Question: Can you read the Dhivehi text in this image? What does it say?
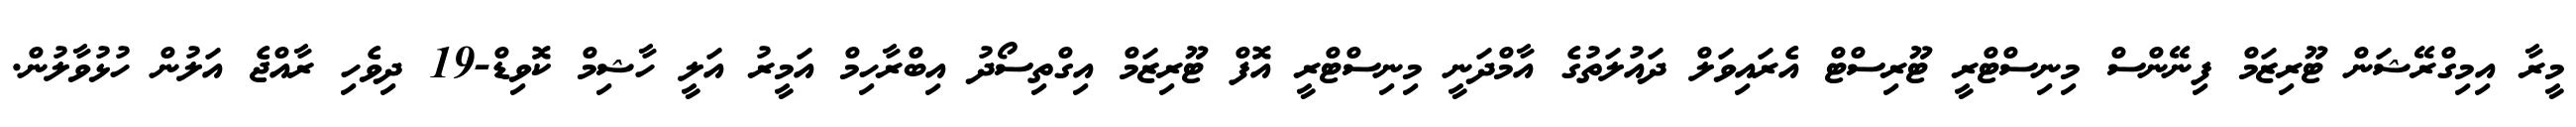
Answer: މީރާ އިމިގްރޭޝަން ޓޫރިޒަމް ފިނޭންސް މިނިސްޓްރީ ޓޫރިސްޓް އެރައިވަލް ދައުލަތުގެ އާމްދަނީ މިނިސްޓްރީ އޮފް ޓޫރިޒަމް އިގްތިސޯދު އިބްރާހިމް އަމީރު އަލީ ހާޝިމް ކޮވިޑް-19 ދިވެހި ރާއްޖެ އަލުން ހުޅުވާލުން.